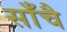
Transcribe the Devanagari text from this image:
साँचै